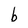
Character: b